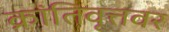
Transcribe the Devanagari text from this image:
क्रांतिवृत्तवर